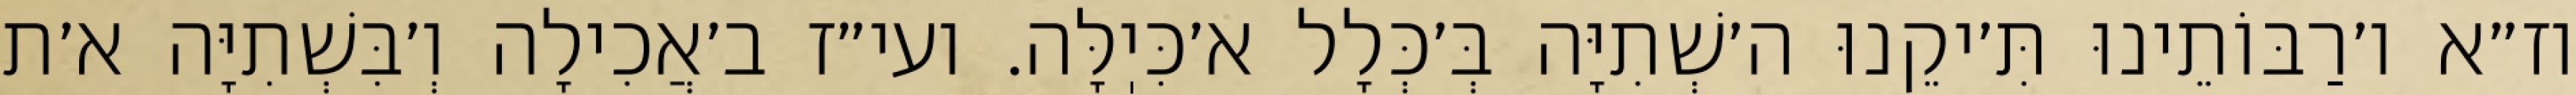
וז״א ו׳רַבּוֹתֵינוּ תִּ׳יקֵנוּ ה׳שְׁתִיָּה בְּ׳כְּלָל א׳כִּיֽלָּה. ועי״ז ב׳אֲכִילָה וְ׳בִּשְׁתִיָּה א׳ת